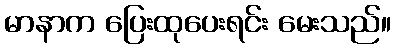
မာနာက ပြေးထုပေးရင်း မေးသည်။